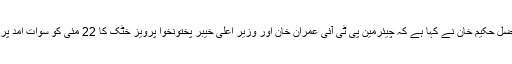
سوات(جی پی آئی)چیئرمین ڈیڈک سوات فضل حکیم خان نے کہا ہے کہ چیئرمین پی ٹی آئی عمران خان اور وزیر اعلیٰ خیبر پختونخوا پرویز خٹک کا 22 مئی کو سوات امد پر شاندار اور فقیدالمثال استقبال کیا جائے گا۔